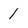
Character: 1